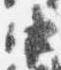
中